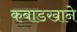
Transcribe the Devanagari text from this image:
कबाडखाने